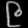
Digit: ၉